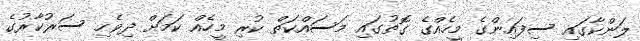
ލަންކާގައި ސިފައިންގެ މީހެއްގެ ގޮތުގައި މަސައްކަތް ކުރި މީހެއް ކަމަށް ދިވެހި ސަރުކާރުގެ